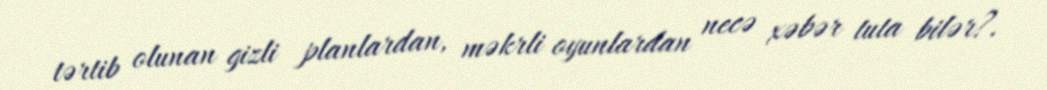
tərtib olunan gizli planlardan, məkrli oyunlardan necə xəbər tuta bilər?.